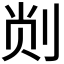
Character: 𫦁